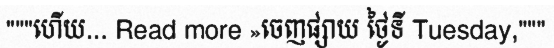
"""ហើយ... Read more »ចេញផ្សាយ ថ្ងៃទី Tuesday,"""